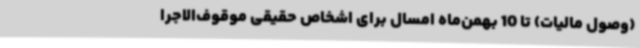
(وصول مالیات) تا 10 بهمن‌ماه امسال برای اشخاص حقیقی موقوف‌الاجرا